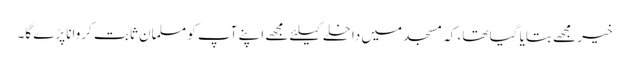
خیر مجھے بتایا گیا تھا، کہ مسجد میں داخلے کیلئے مجھے اپنے آپ کو مسلمان ثابت کروانا پڑے گا۔